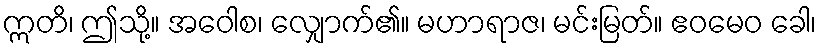
ဣတိ၊ ဤသို့။ အဝေါစ၊ လျှောက်၏။ မဟာရာဇ၊ မင်းမြတ်။ ဧဝမေဝ ခေါ၊